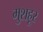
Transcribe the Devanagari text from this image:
मुशहूर